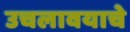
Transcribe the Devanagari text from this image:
उचलावयाचे